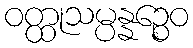
ဝတ္ထုသမ္ပန္နဉ္စေဝ